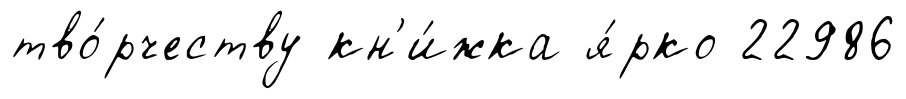
тво́рчеству кн'и́жка я́рко 22986